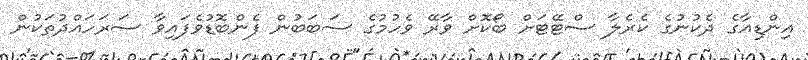
އިންޑިއާގެ ދެކުނުގެ ކެރެލާ ސްޓޭޓަށް ބޯކޮށް ވާރޭ ވެހުމުގެ ސަބަބުން ފެންބޮޑުވެފައިވާ ސަރަހައްދުތަކުން